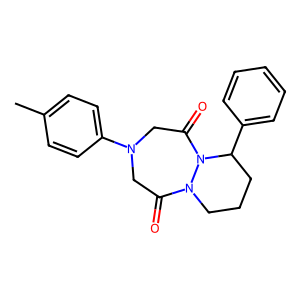
SMILES: Cc1ccc(N2CC(=O)N3CCCC(c4ccccc4)N3C(=O)C2)cc1
Inhibits HIV replication: No